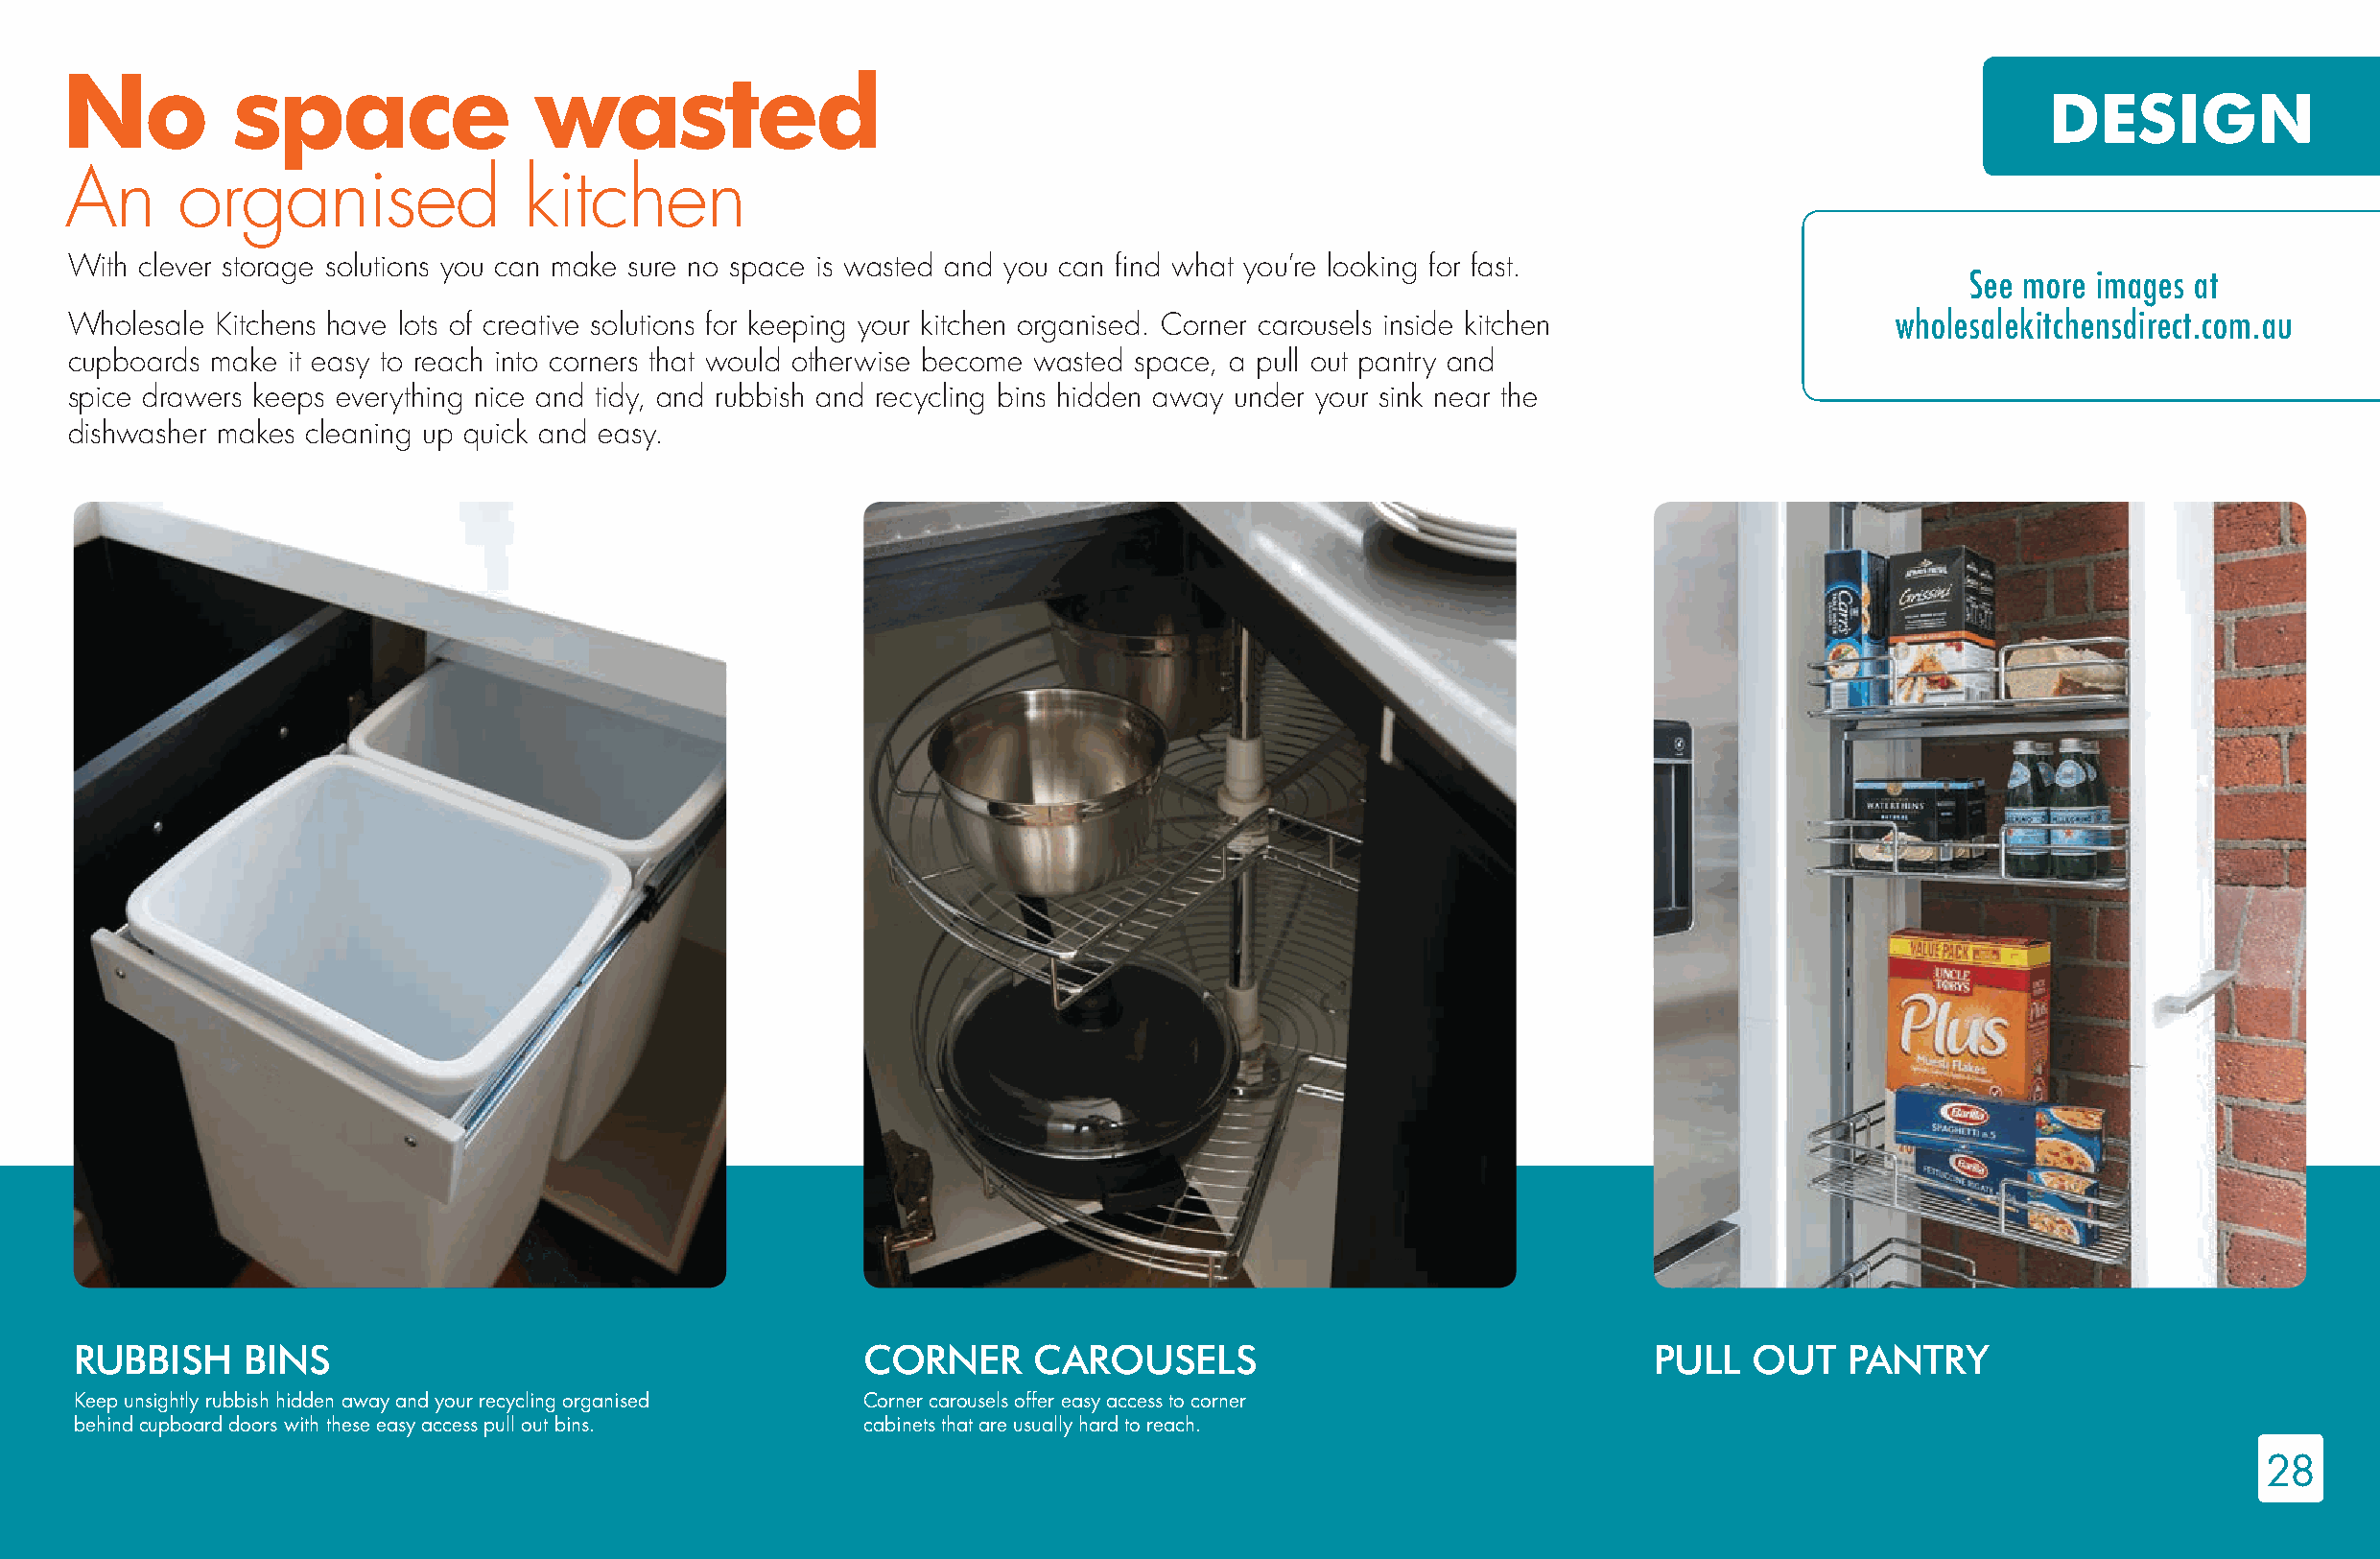
No          space                wasted
 DESIGN
 An      organised               kitchen
 With clever storage solutions you can make sure no space is wasted and you can find what you’re looking for fast.
 See more images at
 Wholesale Kitchens have lots of creative solutions for keeping your kitchen organised. Corner carousels inside kitchen        wholesalekitchensdirect.com.au
 cupboards make it easy to reach into corners that would otherwise become wasted space, a pull out pantry and
 spice drawers keeps everything nice and tidy, and rubbish and recycling bins hidden away under your sink near the
 dishwasher makes cleaning up quick and easy.
 RUBBISH     BINS                                       CORNER     CAROUSELS                                  PULL   OUT   PANTRY
 Keep unsightly rubbish hidden away and your recycling organised Corner carousels offer easy access to corner
 behind cupboard doors with these easy access pull out bins. cabinets that are usually hard to reach.
 28